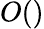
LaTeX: O()